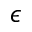
\epsilon